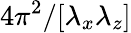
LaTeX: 4\pi^{2}/[\lambda_{x}\lambda_{z}]